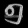
Digit: ၅